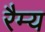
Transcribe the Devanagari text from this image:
रैम्य